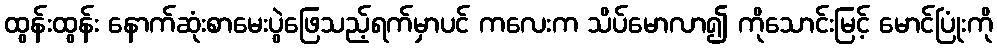
ထွန်းထွန်း နောက်ဆုံးစာမေးပွဲဖြေသည့်ရက်မှာပင် ကလေးက သိပ်မောလာ၍ ကိုသောင်းမြင့် မောင်ပြုံးကို